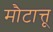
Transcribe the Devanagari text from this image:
मौटात्तू